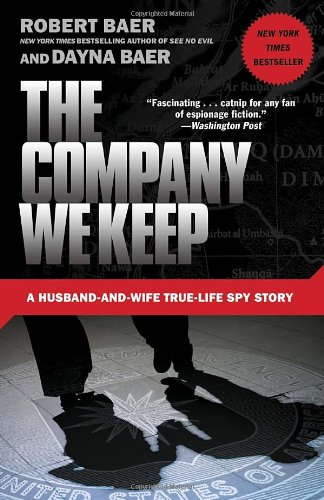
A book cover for The Company We Keep: A Husband-and-Wife True-Life Spy Story; Robert Baer; Biographies & Memoirs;